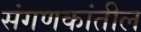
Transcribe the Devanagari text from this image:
संगणकांतील